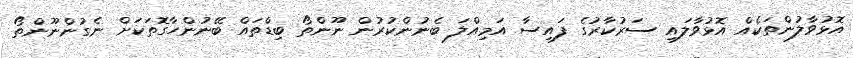
އޮޅުވާލުންތަކެއް އޮޅުވާލައި ސަރުކާރުގެ ފައިސާ އަމިއްލަ ބެނުންކުރުން ނޫންތޯ ބިޑްތައް ބޭނުންހާގޮތަކަށް ނެގުންނޫންތޯ